system: You are a helpful assistant.
user:
Analyze the provided spectrum to determine if it is a **S-type Star**.

- **Key Indicators for S-type Star:**

    - **(Overall Spectrum Shape):** The first and most obvious characteristic is the overall continuum (the "baseline" shape). It is **extremely "red-sloping,"** meaning the flux (light intensity) is very low on the left side (blue, ~4000-4500 Å) and rises steeply and continuously toward the right side (red, ~7000 Å+).

    - **(Primary):** The spectrum is defined by the presence of strong, broad molecular absorption "valleys" (bands) from **Zirconium Oxide (ZrO)**. The identification of these bands is the **primary requirement** for classifying a star as S-type.
        - **(Key Bandheads):** You must find distinct, deep "dips" where the light has been absorbed. The most critical band systems to locate are:
            - **~6474 Å** ($\gamma$-system): This is often the strongest and clearest ZrO feature, found in the red part of the spectrum.
            - **~5718 Å** & **~5551 Å** ($\beta$-system): A pair of prominent absorption features in the yellow-orange part of the spectrum.
            - **~4640 Å** ($\alpha$-system): A key absorption band system in the blue-green region of the spectrum.

    - **(Secondary Confirmation):** The classification is strengthened by finding additional absorption bands from other related heavy element oxides, which are expected to be present alongside ZrO.
        - **(Key Bandheads):**
            - **Yttrium Oxide (YO):** Look for absorption dips near **~4800 Å** and **~6100 Å**.
            - **Lanthanum Oxide (LaO):** Additional absorption features, particularly in the red-orange part of the spectrum, are also characteristic.

    - **(Line Profile):** The combination of the steep red continuum and these numerous, deep molecular bands (ZrO, YO, etc.) gives the entire spectrum a very **"chopped-up"** or **"bumpy"** appearance. Instead of a smooth curve, the spectrum looks as though large, wide chunks of light have been "carved out" of it at the specific wavelengths listed above.

Think first, call **spectral_visualization_tool** if needed to examine features in detail, then provide your final answer. Your response must adhere to the following strict rules:
1.  **Overall Structure:** Your response must follow the format `<think>...</think> <tool_call>...</tool_call> (if a tool is used) <answer>...</answer>`.
2.  **Tool Usage Constraint:** You may only make **one** tool call per turn.
3.  **Final Answer Format:** In the `<answer>` tag, your conclusion must be inside a `\boxed{}` command (e.g., `\boxed{YES}` or `\boxed{NO}`), followed by your justification.

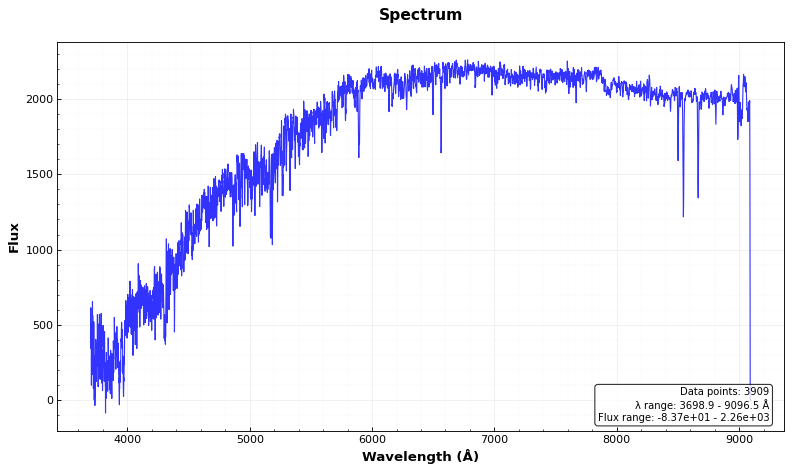
Answer: NO